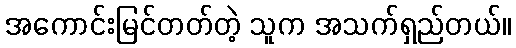
အကောင်းမြင်တတ်တဲ့ သူက အသက်ရှည်တယ်။